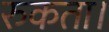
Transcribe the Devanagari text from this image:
रुकता।